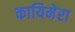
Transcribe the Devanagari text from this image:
कायिमेरा